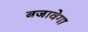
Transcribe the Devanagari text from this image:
बजावेगा